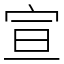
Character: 宣